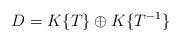
LaTeX: \begin{align*}D= K\{T\}\oplus K\{T^{-1}\}\end{align*}